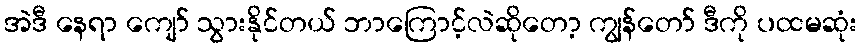
အဲဒီ နေရာ ကျော် သွားနိုင်တယ် ဘာကြောင့်လဲဆိုတော့ ကျွန်တော် ဒီကို ပထမဆုံး